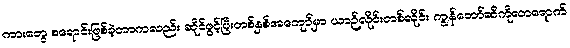
ကားတွေ စရောင်းဖြစ်ခဲ့တာကလည်း ဆိုင်ဖွင့်ပြီးတစ်နှစ်အကျော်မှာ ယာဉ်လိုင်းတစ်လိုင်း ကျွန်တော်ဆီကိုလာရောက်